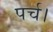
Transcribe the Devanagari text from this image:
पर्च।